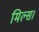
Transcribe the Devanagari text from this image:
मिल्स।